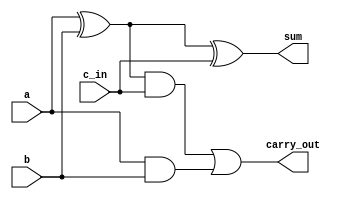
//Dataflow modelling
module full_adder_dataflow(a,b,c_in,sum,carry_out);
input a,b,c_in;
output sum, carry_out;

assign sum=a^b^c_in;
assign carry_out=((a^b)&c_in)|(a&b);

endmodule